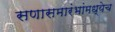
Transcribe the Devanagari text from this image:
सणासमारंभांमध्येच